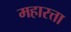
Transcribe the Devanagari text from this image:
महारत्ता